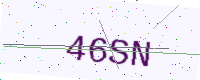
Text: 46SN